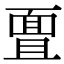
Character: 𮧊